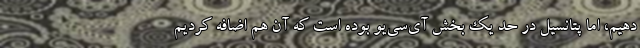
دهیم، اما پتانسیل در حد یک بخش آی‌سی‌یو بوده است که آن هم اضافه کردیم